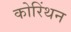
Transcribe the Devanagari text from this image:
कोरिंथन